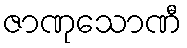
ဇာဏုသောဏီ